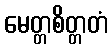
မေတ္တစိတ္တတံ